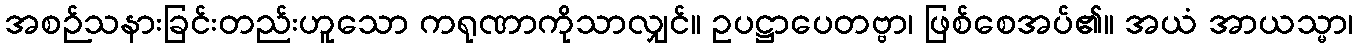
အစဉ်သနားခြင်းတည်းဟူသော ကရုဏာကိုသာလျှင်။ ဥပဋ္ဌာပေတဗ္ဗာ၊ ဖြစ်စေအပ်၏။ အယံ အာယသ္မာ၊